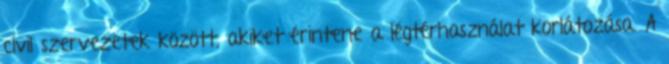
civil szervezetek között, akiket érintene a légtérhasználat korlátozása. A